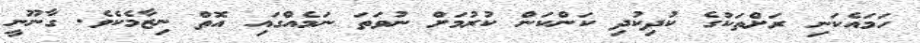
ހަމައެކަނި ރަށްތަކުގެ ކުދިކުދި ކަންކަން ކުރުމަށް ނުވަތަ ނަމެއްގައި އޮތް ނިޒާމެކެވެ. ގާނޫނީ